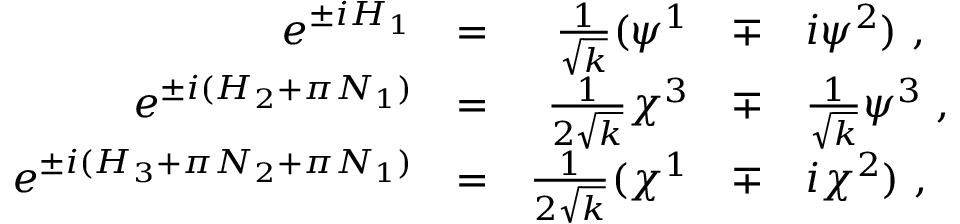
\begin{array} { r c r c l } { { e ^ { \pm i H _ { 1 } } } } & { { = } } & { { \frac 1 { \sqrt { k } } ( \psi ^ { 1 } } } & { { \mp } } & { { i \psi ^ { 2 } ) ~ , } } \\ { { e ^ { \pm i ( H _ { 2 } + \pi N _ { 1 } ) } } } & { { = } } & { { { \frac { 1 } { 2 \sqrt { k } } } \chi ^ { 3 } } } & { { \mp } } & { { { \frac { 1 } { \sqrt { k } } } \psi ^ { 3 } ~ , } } \\ { { e ^ { \pm i ( H _ { 3 } + \pi N _ { 2 } + \pi N _ { 1 } ) } } } & { { = } } & { { \frac 1 { 2 \sqrt { k } } ( \chi ^ { 1 } } } & { { \mp } } & { { i \chi ^ { 2 } ) ~ , } } \end{array}